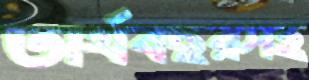
অর্থবছরসহ